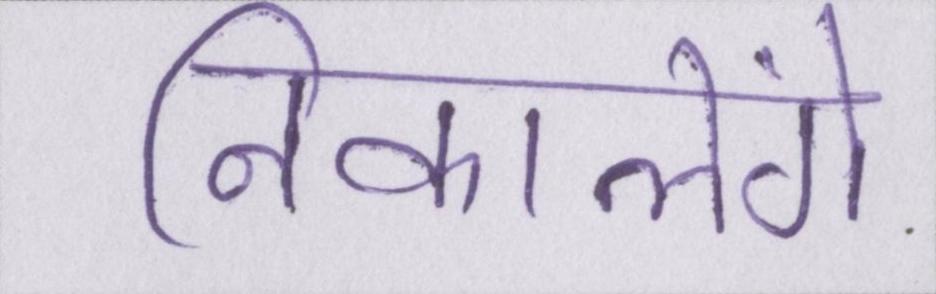
निकालेंगे